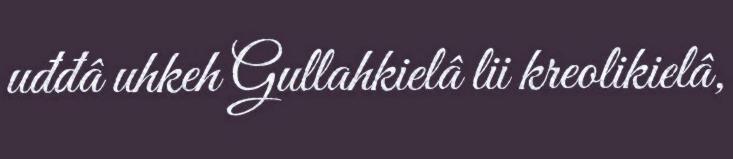
uđđâ uhkeh Gullahkielâ lii kreolikielâ,